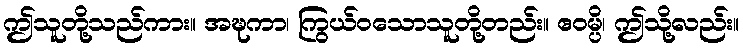
ဤသူတို့သည်ကား။ အဍ္ဎကာ၊ ကြွယ်ဝသောသူတို့တည်း။ ဧဝမ္ပိ၊ ဤသို့လည်း။